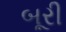
બૂરી